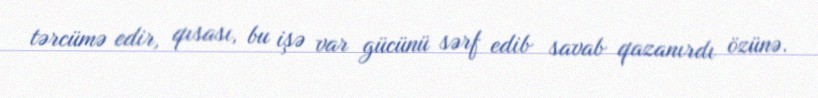
tərcümə edir, qısası, bu işə var gücünü sərf edib savab qazanırdı özünə.